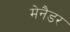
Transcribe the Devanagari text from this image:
मेनैडर